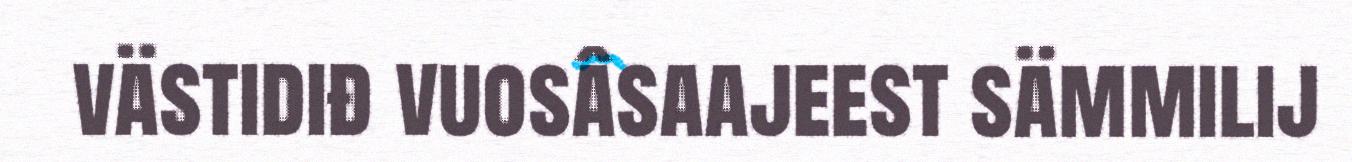
västidiđ vuosâsaajeest sämmilij